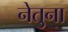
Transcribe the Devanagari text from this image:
नेतुना